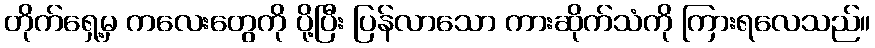
တိုက်ရှေ့မှ ကလေးတွေကို ပို့ပြီး ပြန်လာသော ကားဆိုက်သံကို ကြားရလေသည်။